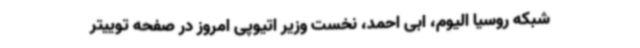
شبکه روسیا الیوم، ابی احمد، نخست وزیر اتیوپی امروز در صفحه توییتر